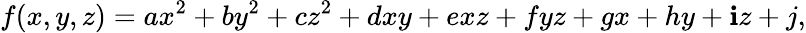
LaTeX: f(x,y,z)=ax^{2}+by^{2}+cz^{2}+dxy+exz+fyz+gx+hy+\mathbf{i}z+j,